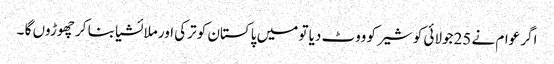
اگر عوام نے 25جولائی کو شیر کو ووٹ دیا تو میں پاکستان کو ترکی اور ملائشیا بنا کر چھوڑوں گا ۔